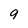
Character: 9